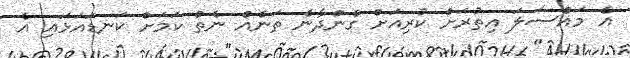
އެ މައްސަލަ އިތުރަށް ކުރިއަށް ގެންދާނެ ތަނެއް ނެތް ކަމަށް ކަނޑައަޅައި އެ